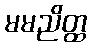
မမညိတ္ထ